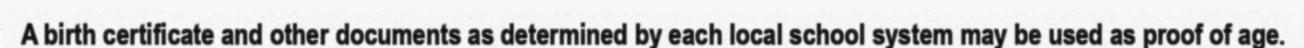
A birth certificate and other documents as determined by each local school system may be used as proof of age.